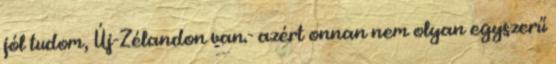
jól tudom, Új-Zélandon van.- azért onnan nem olyan egyszerű